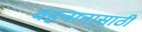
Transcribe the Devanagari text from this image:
वहनानासाठी